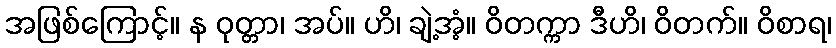
အဖြစ်ကြောင့်။ န ဝုတ္တာ၊ အပ်။ ဟိ၊ ချဲ့အံ့။ ဝိတက္ကာ ဒီဟိ၊ ဝိတက်။ ဝိစာရ၊